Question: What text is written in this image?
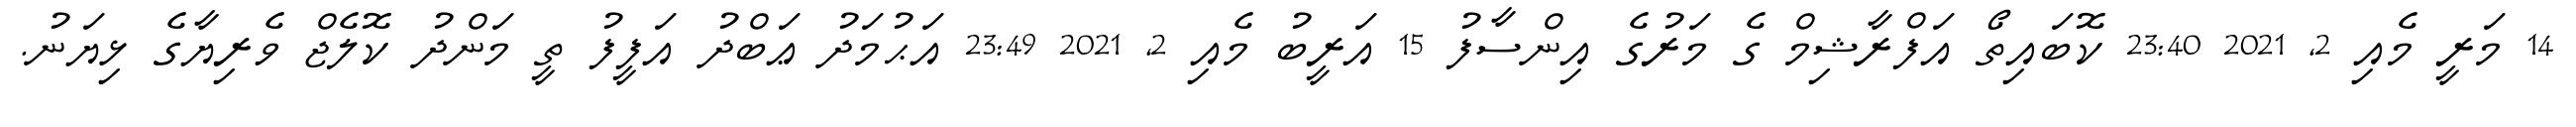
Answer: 14 މަރީ މެއި 2, 2021 23:40 ކޮބައިތޯ އަފްރާޝިމް ގެ މަރުގެ އިންސާފު 15 އަރީބު މެއި 2, 2021 23:49 އަޙުމަދު ޢަބްދު އަފީފު ތީ މަންދު ކޮލެޖް ވެރިޔާގެ ޅިޔަނު.